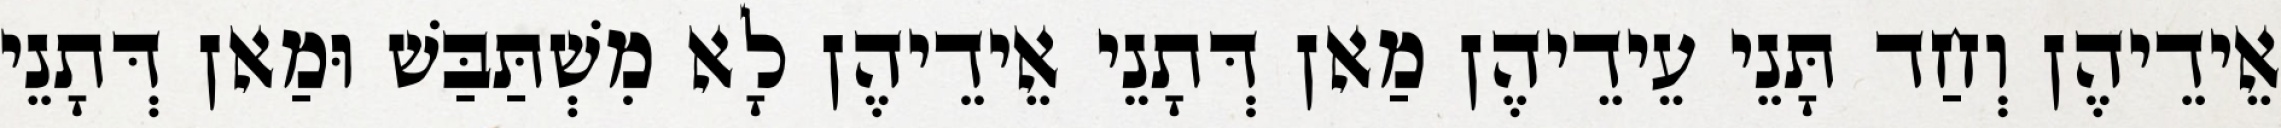
אֵידֵיהֶן וְחַד תָּנֵי עֵידֵיהֶן מַאן דְּתָנֵי אֵידֵיהֶן לָא מִשְׁתַּבַּשׁ וּמַאן דְּתָנֵי